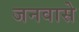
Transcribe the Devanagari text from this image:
जनवासे